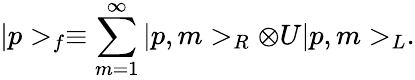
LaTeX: |p>_{f}\equiv\sum_{m=1}^{\infty}|p,m>_{R}\otimes U|p,m>_{L}.